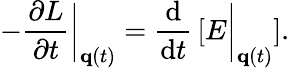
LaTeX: -{\frac{\partial L}{\partial t}}{\biggl|}_{\mathbf{q}(t)}={\frac{\mathrm{d}}{\mathrm{d}t}}\left[E{\biggl|}_{\mathbf{q}(t)}\right].